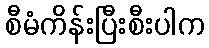
စီမံကိန်းပြီးစီးပါက